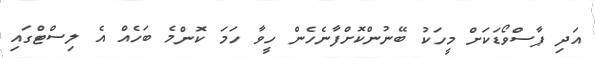
އަދި ޕާސްވޯޑަކަށް މީހަކު ބޭނުންކޮށްފާނެހެން ހީވާ ހަމަ ކޮންމެ ބަހެއް އެ ލިސްޓްގައި